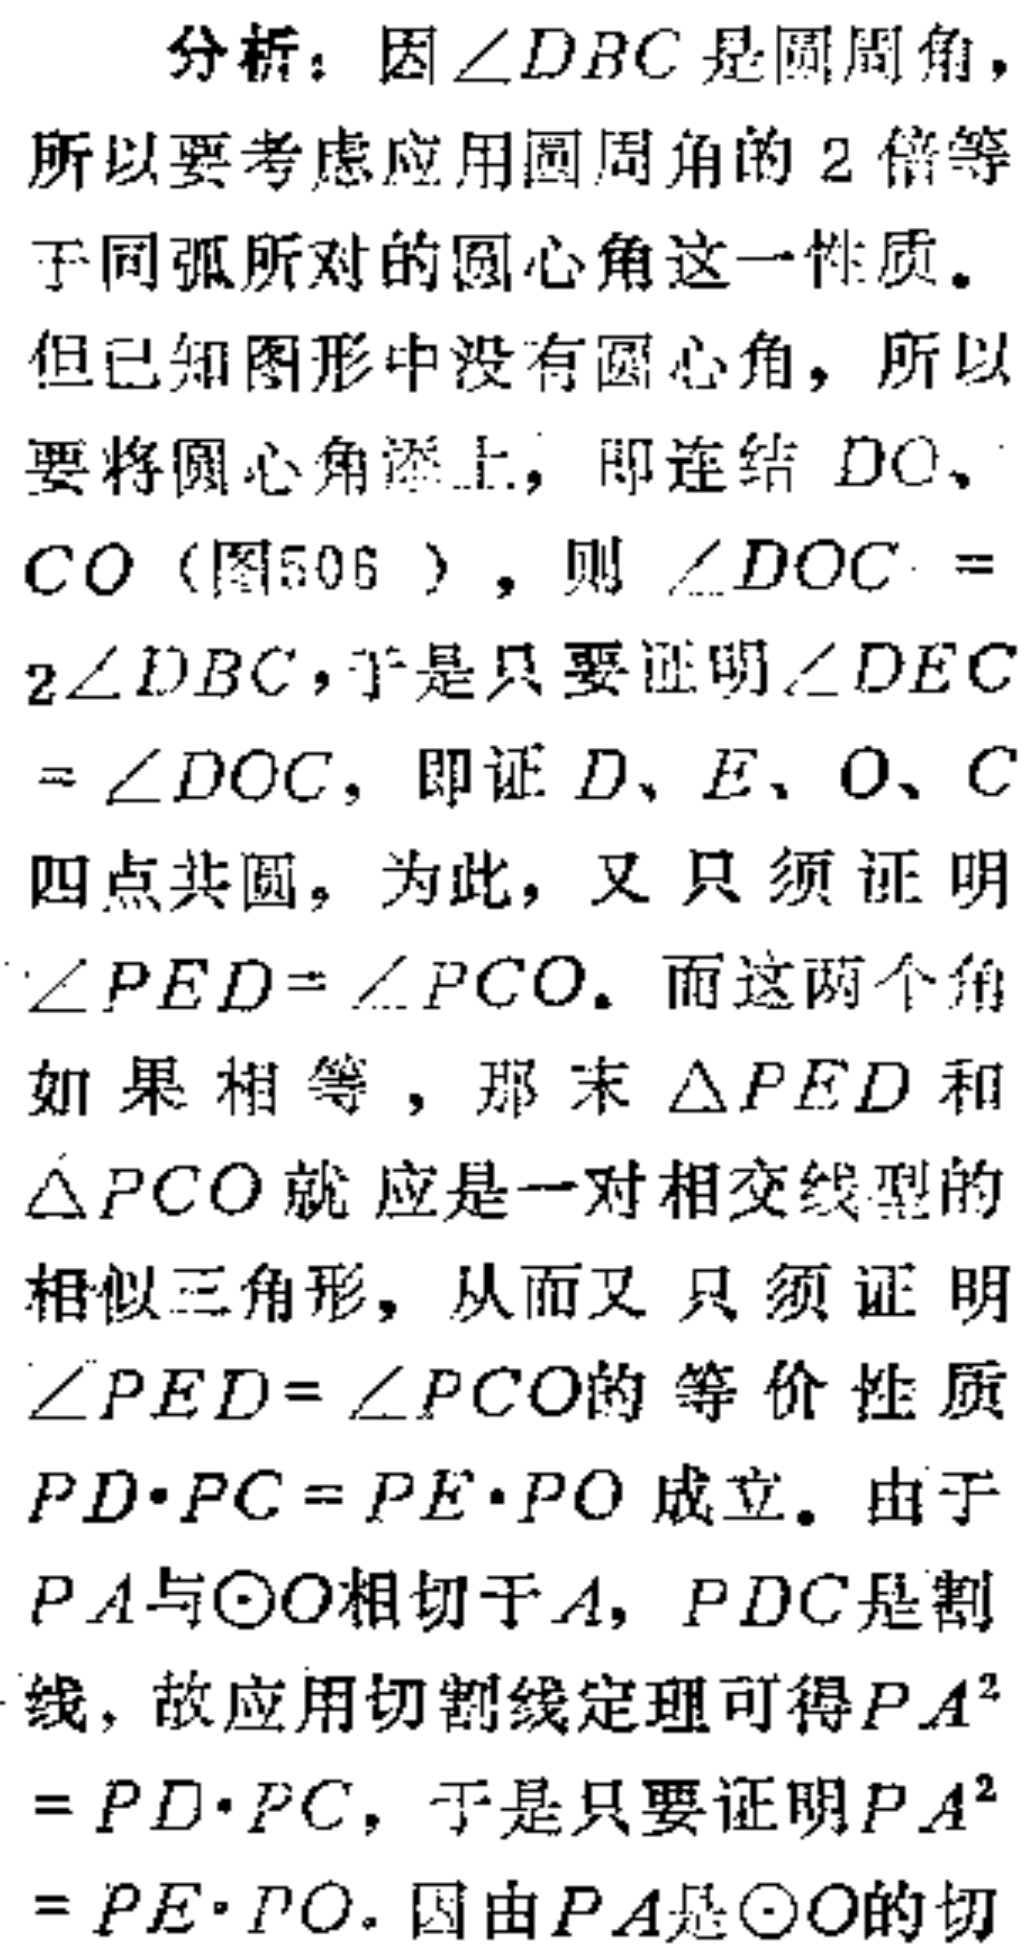
分析：因\(\angle DBC\)是圆周角，
所以要考虑应用圆周角的2倍等
于同弧所对的圆心角这一性质。
但已知图形中没有圆心角，所以
要将圆心角添上，即连结\(DO\)、
\(CO\)（图506），则\(\angle DOC =\)
\(2\angle DBC\)，于是只要证明\(\angle DEC\)
\(=\angle DOC\)，即证\(D、E、O、C\)
四点共圆，为此，又只须证明
\(\angle PED=\angle PCO\)。而这两个角
如果相等，那末\(\triangle PED\)和
\(\triangle PCO\)就应是一对相交线型的
相似三角形，从而又只须证明
\(\angle PED = \angle PCO\)的等价性质
\(PD\cdot PC = PE\cdot PO\)成立。由于
\(PA\)与\(\odot O\)相切于\(A\)，\(PDC\)是割
线，故应用切割线定理可得\(PA^{2}\)
\(= PD\cdot PC\)，于是只要证明\(PA^{2}\)
\(= PE\cdot PO\)。因由\(PA\)是\(\odot O\)的切